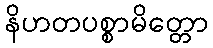
နိဟတပစ္စာမိတ္တော